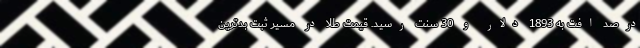
درصد افت به 1893 دلار و 30 سنت رسید. قیمت طلا در مسیر ثبت بدترین